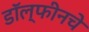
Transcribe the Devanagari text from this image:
डॉल्फीनचे